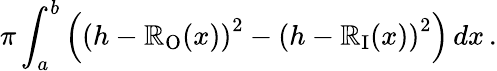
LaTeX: \pi\int_{a}^{b}\left(\left(h-\mathbb{R}_{\mathrm{{O}}}(x)\right)^{2}-\left(h-\mathbb{R}_{\mathrm{{I}}}(x)\right)^{2}\right)\, dx\, .